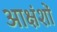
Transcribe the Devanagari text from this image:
आक्षंशों